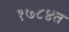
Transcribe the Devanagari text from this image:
१७८४त